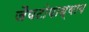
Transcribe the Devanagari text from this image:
जैयटोपाध्याय